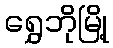
ရွှေဘိုမြို့